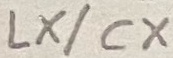
Text: LX/CX